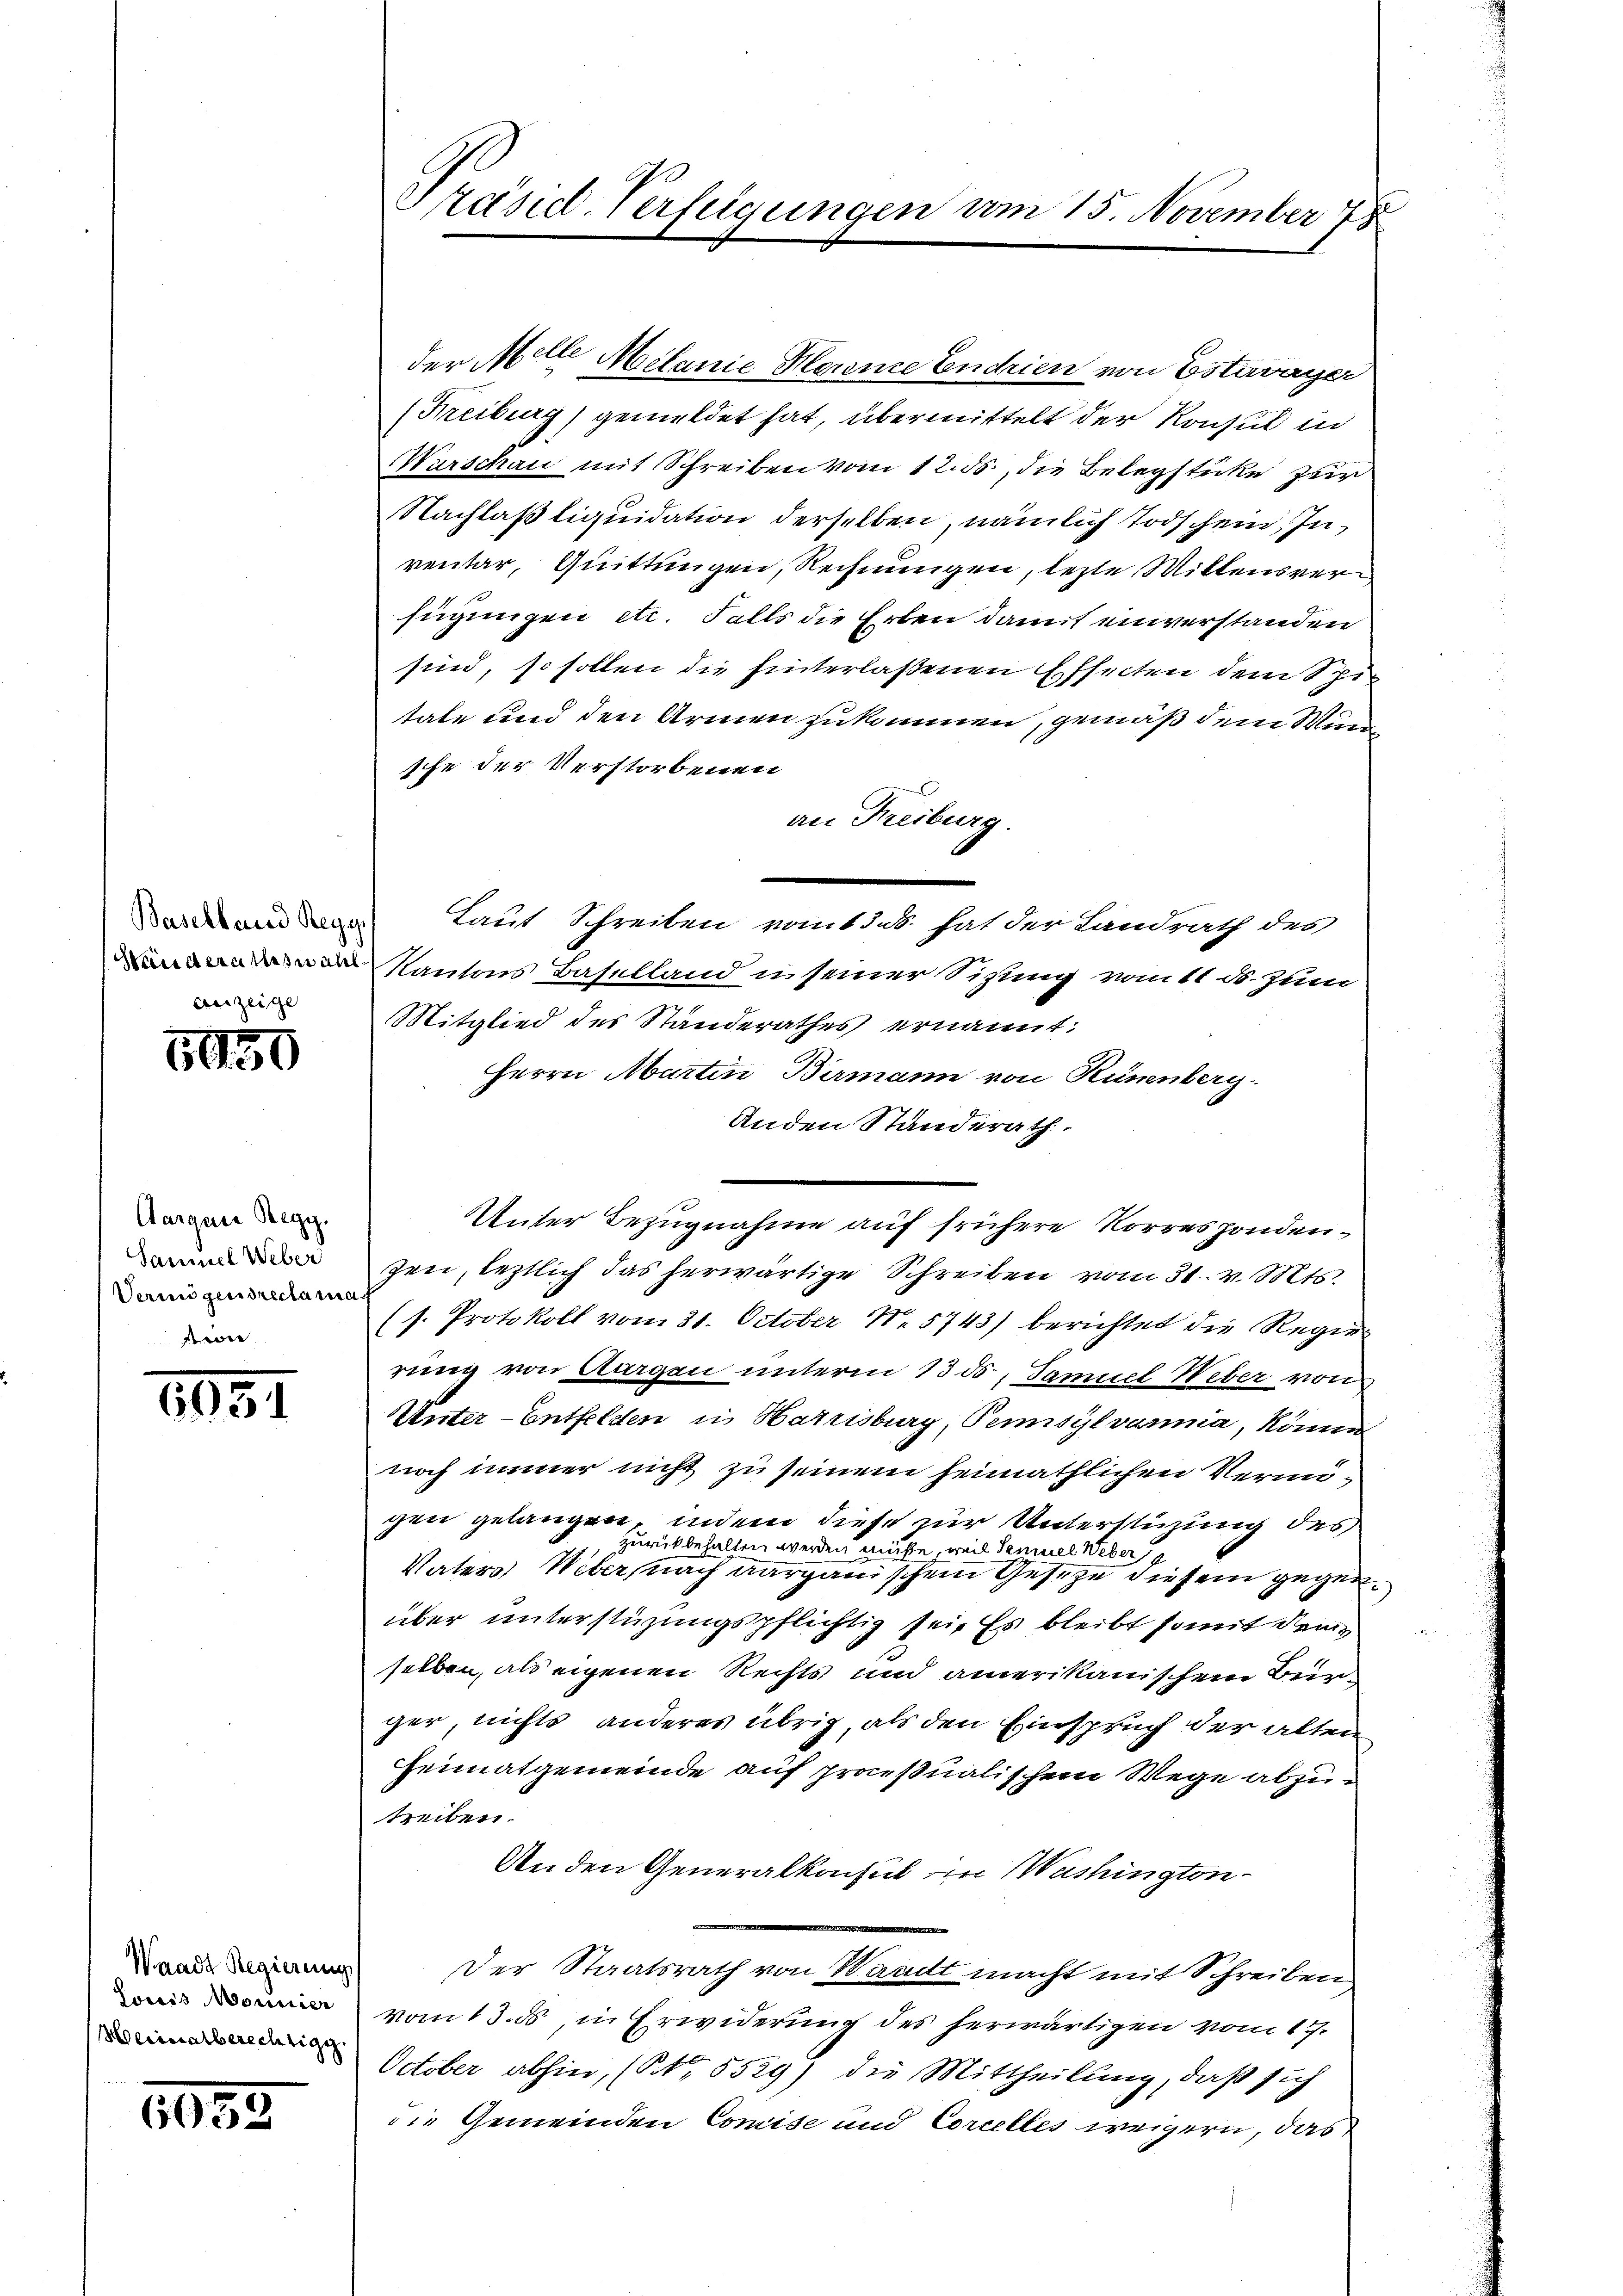
auzeige

5150

Aargau Regg.
Samuel Weber
Vermögensreclama
i

1931

Waadt Regierung
Louis Monnier
Merialberechtige.

5639

Präsid. Verfügungen vom 15. November 78

der Melle Melanie Klorene Endrien von Estavayer
(Freiburg) gemeldet hat, übermittelt der Konsul in
Marschau mit Schreiben vom 12. ds., die Belegstücke zur
Nachlaß liquidation derselben, nämlich Todschein, Inventar, Quittungen, Rechnungen, lezte Mittensverfügungen etc. Falls die Erben damit einverstanden
sind, so sollen die hinterlaßenen Esseiten dem Spi
tate und den Armen zukommen, gemäß dem Wundsche der Verstorbenen
an Freiburg.
Sardenden Laut Schreiben vom 13.b. hat der Landrath des
Kantons Baselland in seiner Sitzung vom 11. ds. zum
Mitglied des Standerathes ernannt:
Herrn Abarten Birmann von Künenberg.
Anden Standerath.
zen, letztlich das herwärtige Schreiben vom 31. v. Mts.
(s. Protokoll vom 31. October N. 5743) berichtet die Regierung von Aargau unterm 13. ds. Samuel Weber von
Unter-Entfelden in Hatrisburg, Tensylvannia, könne
noch immer nicht zu seinem heimathlichen Vermigen gelangen, indem diese zur Unterstüzung des
zurückbehalten werden müsse, weil Samuel Weber
Vaters Weber, nach Aargauischem Gesetze diesem gegenüber unterstüzungspflichtig sei. Es bleibt somit dem
selben, als eigenen Rechts und amerikanischem Bürger, nichts anderes übrig, als den Einspruch der alten
Heimatgemeinde auf praesualischem Wege abzuseiben.
An den Generalkonsul in Washington¬
Der Staatsrath von Waadt macht mit Schreiben
vom 13. ds in Erwiderung des herwärtigen vom 17.
October abhin, (Nr. 5529) die Mittheilung, daß sich
die Gemeinden Commise und Correlles weigern, das

Unter Bezugnahme auf frühere Norresponden¬